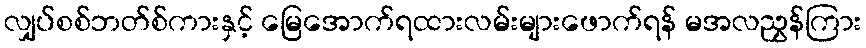
လျှပ်စစ်ဘတ်စ်ကားနှင့် မြေအောက်ရထားလမ်းများဖောက်ရန် မအလညွှန်ကြား